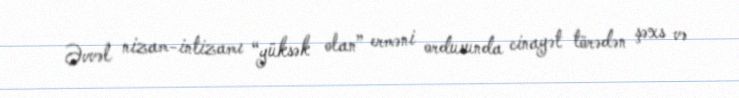
Əvvəl nizam-intizamı “yüksək olan” erməni ordusunda cinayət törədən şəxs və